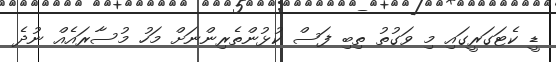
ޑީ ކެޓަގަރީގައި މި ވަގުތު ތިބި ފަސް ކުޅުންތެރިންނަށް މަހު މުސާރައެއް ނުދެ